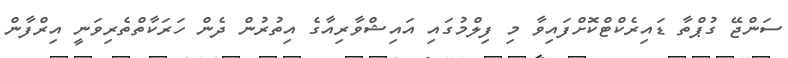
ސަންޖޭ ގުޕްތާ ޑައިރެކްޓްކޮށްފައިވާ މި ފިލްމުގައި އައިޝްވާރިއާގެ އިތުރުން ދެން ހަރަކާތްތެރިވަނީ އިރްފާން